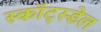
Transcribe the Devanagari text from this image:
स्कॉट्स्डेल